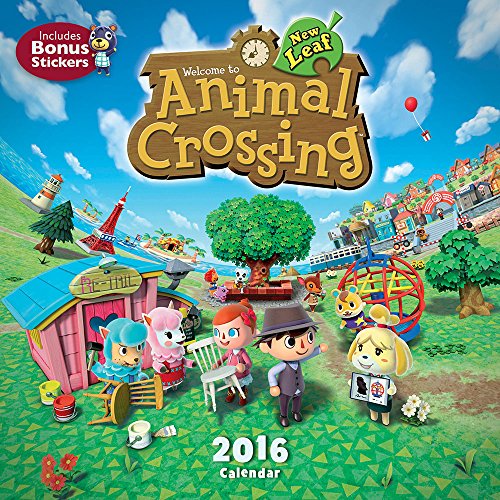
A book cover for Animal Crossing 2016 Wall Calendar; Nintendo; Calendars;